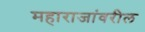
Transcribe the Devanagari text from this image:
महाराजांवरील